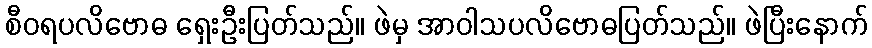
စီဝရပလိဗောဓ ရှေးဦးပြတ်သည်။ ဖဲမှ အာဝါသပလိဗောဓပြတ်သည်။ ဖဲပြီးနောက်